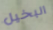
البخيل